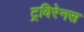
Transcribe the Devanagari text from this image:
ट्रविरेनस